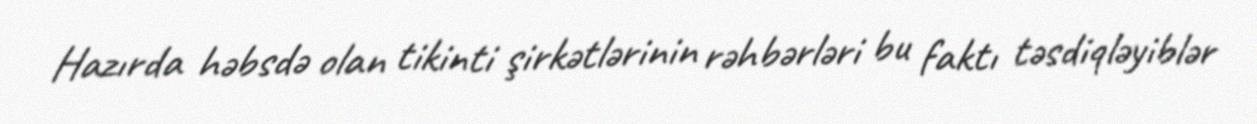
Hazırda həbsdə olan tikinti şirkətlərinin rəhbərləri bu faktı təsdiqləyiblər